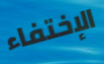
الإختفاء